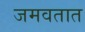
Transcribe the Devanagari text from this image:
जमवतात